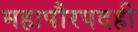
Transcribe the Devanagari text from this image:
महापौरपदही